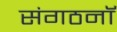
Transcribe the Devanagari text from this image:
संगठनॉ